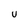
Character: U